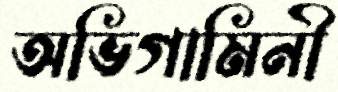
অভিগামিনী